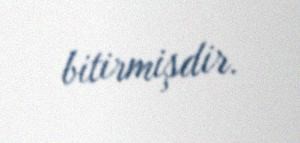
bitirmişdir.